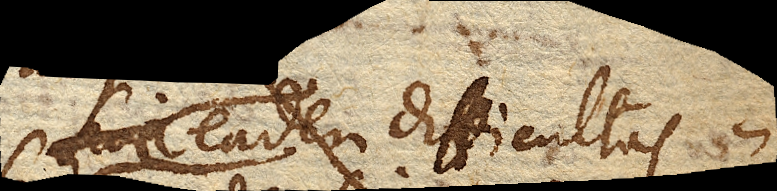
eadem difficultas